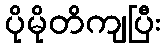
ပိုမိုတိကျပြီး